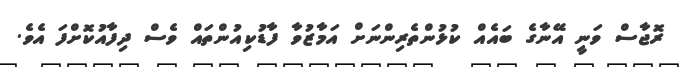
ރޮޖާސް ވަނީ އޭނާގެ ބައެއް ކުޅުންތެރިންނަށް އަމާޒުވާ ފާޑުކިއުންތައް ވެސް ދިފާއުކޮށްފަ އެވެ.